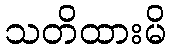
သတိထားမိ